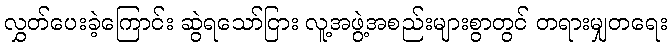
လွှတ်ပေးခဲ့ကြောင်း ဆွဲရသော်ငြား လူ့အဖွဲ့အစည်းများစွာတွင် တရားမျှတရေး